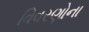
વિવરણોના